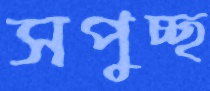
সপুচ্ছ